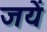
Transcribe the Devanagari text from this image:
जयें